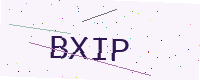
Text: BXIP